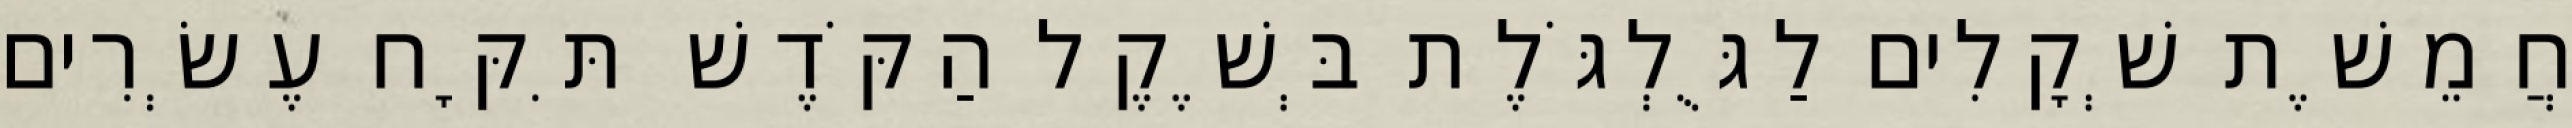
חֲמֵשֶׁת שְׁקָלִים לַגֻּלְגֹּלֶת בְּשֶׁקֶל הַקֹּדֶשׁ תִּקָּח עֶשְׂרִים